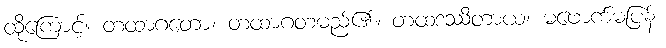
ထိုကြောင့်။ တထာဂတော၊ တထာဂတမည်၏။ တထဒဿိတာယ၊ မဖောက်မပြန်